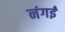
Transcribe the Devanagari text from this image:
नंगई